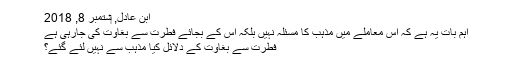
ابن عادل, ‏ستمبر 8, 2018
اہم بات یہ ہے کہ اس معاملے میں مذہب کا مسئلہ نہیں بلکہ اس کے بجائے فطرت سے بغاوت کی جارہی ہے
فطرت سے بغاوت کے دلائل کیا مذہب سے نہیں لئے گئے؟